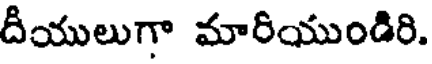
దీయులుగా మారియుండిరి.